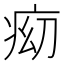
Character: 𱱑